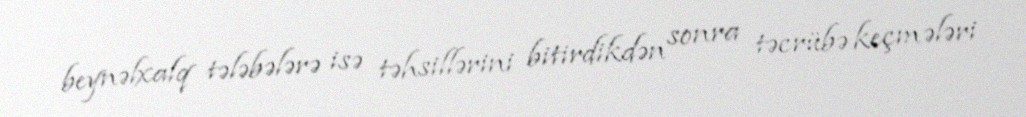
beynəlxalq tələbələrə isə təhsillərini bitirdikdən sonra təcrübə keçmələri